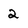
Character: 2